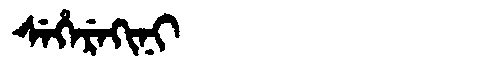
Manchu: ᠰᡝᡥᡝᡵᡝᡴᡳᠨᡳ
Romanization: SEHEREKINI